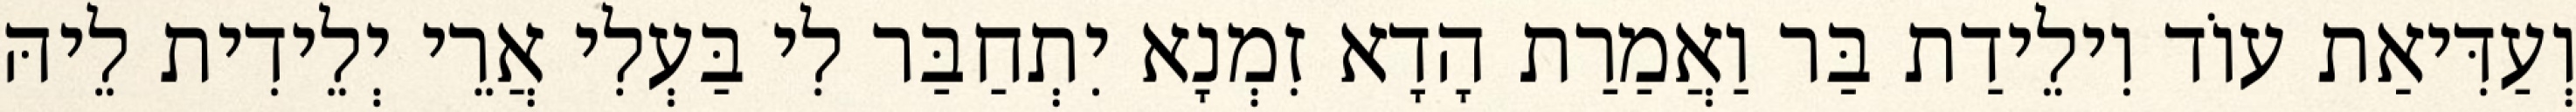
וְעַדִּיאַת עוֹד וִילֵידַת בַּר וַאֲמַרַת הָדָא זִמְנָא יִתְחַבַּר לִי בַּעְלִי אֲרֵי יְלֵידִית לֵיהּ